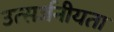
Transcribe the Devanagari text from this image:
उत्सर्जनीयता